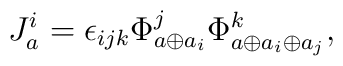
J_a^i = \epsilon_{ijk}\Phi^j_{a \oplus a_i}\Phi^k_{a \oplus a_i \oplus a_j},